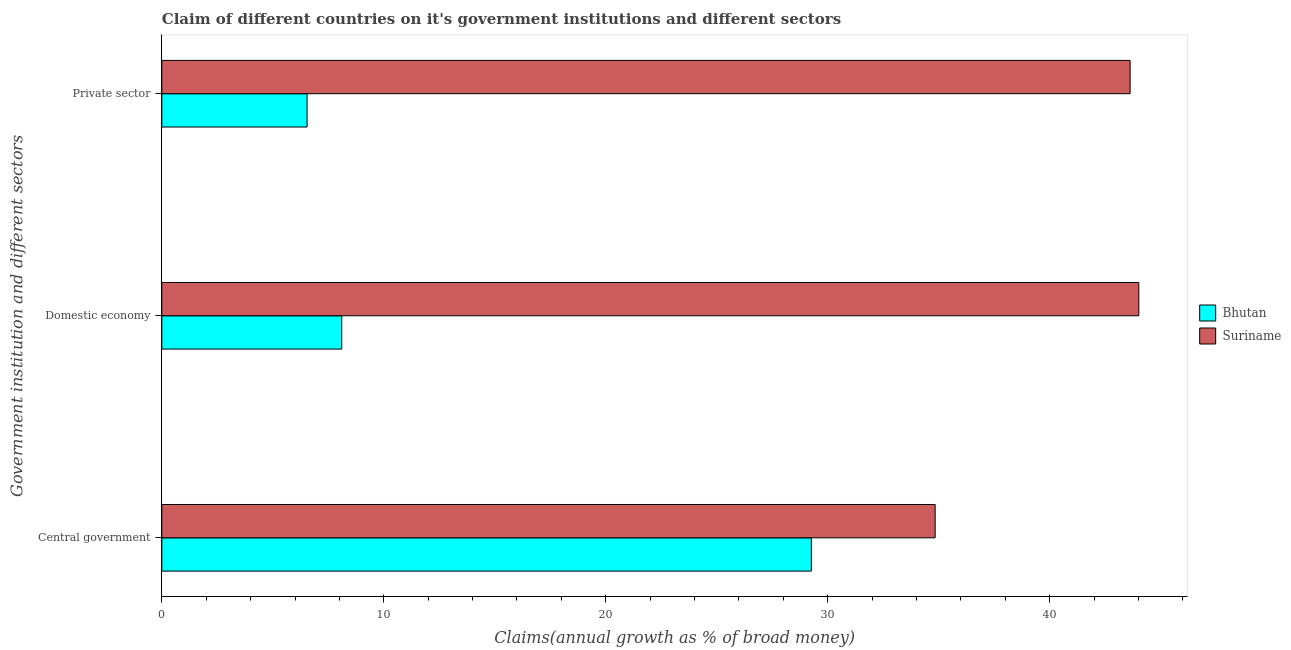
| Government institution and different sectors | Bhutan | Suriname |
 | --- | --- | --- |
 | Central government | 29.3 | 34.8 |
 | Domestic economy | 8.11 | 44 |
 | Private sector | 6.54 | 43.6 |